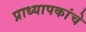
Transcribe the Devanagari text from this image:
प्राध्यापकांचे